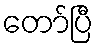
တော်ပြီ